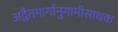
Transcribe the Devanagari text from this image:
अद्वैतमार्गानुगामीसाधक